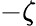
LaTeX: -\zeta